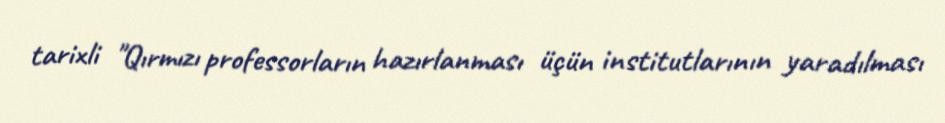
tarixli "Qırmızı professorların hazırlanması üçün institutlarının yaradılması